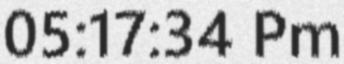
05:17:34 Pm